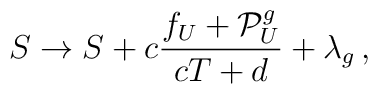
S \rightarrow  S + c\frac{f_U + {\cal P}^g_U}{cT+d} + \lambda_g\, ,